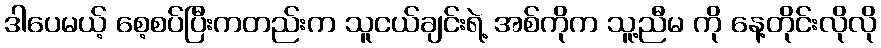
ဒါပေမယ့် စေ့စပ်ပြီးကတည်းက သူငယ်ချင်းရဲ့ အစ်ကိုက သူ့ညီမ ကို နေ့တိုင်းလိုလို